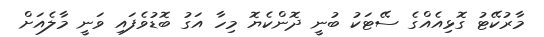
މާރުކޭޓު ގޮޅިއެއްގެ ސޭޓަކު ބުނީ ދޮންކެޔޮ މިހާ އަގު ބޮޑުވެފައި ވަނީ މާލެއަށް